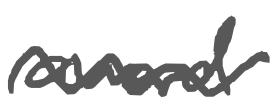
Text: award
Cross-out: wave
Writing tool: digital_gray